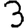
Digit: 3